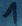
Text: 1